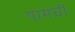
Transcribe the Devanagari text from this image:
पामची